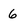
Character: 6